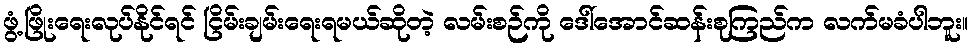
ဖွံ့ဖြိုးရေးလုပ်နိုင်ရင် ငြိမ်းချမ်းရေးရမယ်ဆိုတဲ့ လမ်းစဉ်ကို ဒေါ်အောင်ဆန်းစုကြည်က လက်မခံပါဘူး။